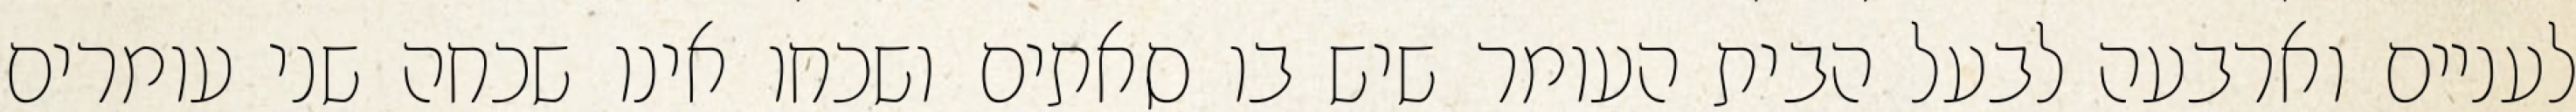
לעניים וארבעה לבעל הבית העומר שיש בו סאתים ושכחו אינו שכחה שני עומרים